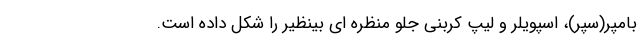
بامپر(سپر)، اسپویلر و لیپ کربنی جلو منظره ای بینظیر را شکل داده است.